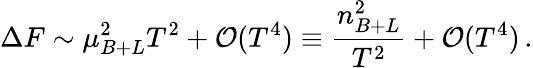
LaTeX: \Delta F\sim\mu_{B+L}^{2}T^{2}+{\cal O}(T^{4})\equiv\frac{n_{B+L}^{2}}{T^{2}}+{\cal O}(T^{4})\, .